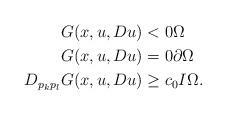
LaTeX: \begin{align*} G(x,u,Du) &< 0 \Omega\\ G(x,u,Du) &= 0 \partial \Omega\\ D_{p_kp_l}G(x,u,Du) &\geq c_0I \Omega. \end{align*}